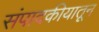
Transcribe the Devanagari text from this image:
संपादकीयातून